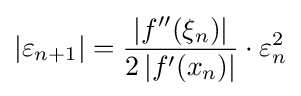
\left|{\varepsilon _{n+1}}\right|={\frac {\left|f''(\xi _{n})\right|}{2\left|f'(x_{n})\right|}}\cdot \varepsilon _{n}^{2}